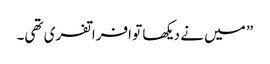
” میں نے دیکھا تو افراتفری تھی۔